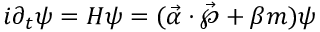
i { \partial } _ { t } \psi = H \psi = ( \vec { \alpha } \cdot \vec { \wp } + \beta m ) \psi